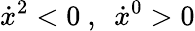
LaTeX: \dot{x}^{2}<0\ ,\ \ \dot{x}^{0}>0